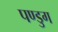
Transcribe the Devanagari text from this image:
पण्डुग